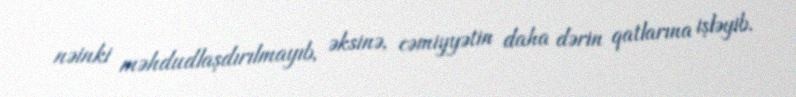
nəinki məhdudlaşdırılmayıb, əksinə, cəmiyyətin daha dərin qatlarına işləyib.